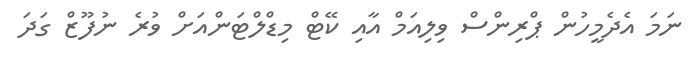
ނަމަ އެދެމީހުން ޕްރިންސް ވިލިއަމް އާއި ކޭޓް މިޑްލްޓަންއަށް ވުރެ ނުފޫޒް ގަދަ